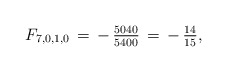
\begin{align*}F_{7,0,1,0}\,=\,-\,\tfrac{5040}{5400}\,=\,-\,\tfrac{14}{15},\end{align*}